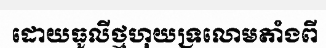
ដោយធូលីថ្មហុយទ្រលោមតាំងពី